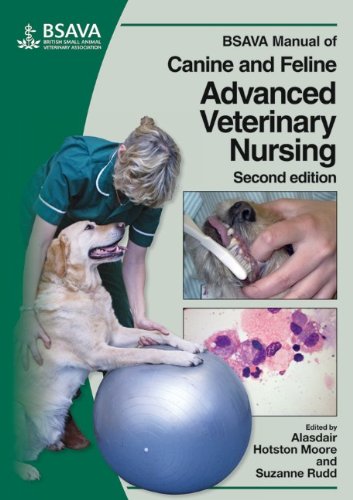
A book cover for BSAVA Manual of Canine and Feline Advanced Veterinary Nursing; Medical Books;